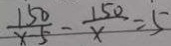
\frac { 1 5 0 } { x - 5 } - \frac { 1 5 0 } { x } = 5